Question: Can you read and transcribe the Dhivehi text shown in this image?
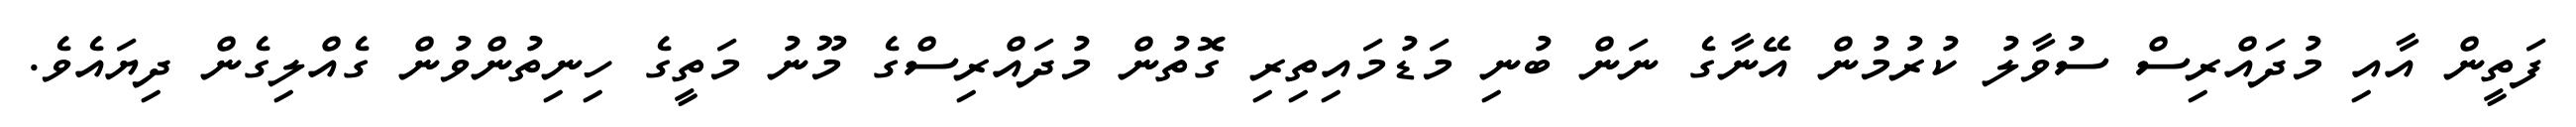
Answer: ފަތީން އާއި މުދައްރިސް ސުވާލު ކުރުމުން އޭނާގެ ނަން ބުނި މަޑުމައިތިރި ގޮތުން މުދައްރިސްގެ މޫނު މަތީގެ ހިނިތުންވުން ގެއްލިގެން ދިޔައެވެ.